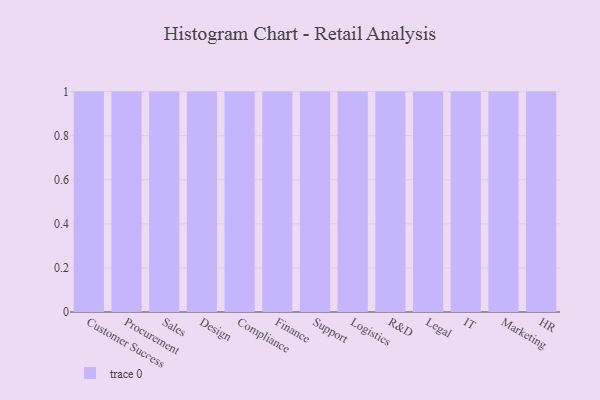
{"axis": {"x": "Department", "y": "Backlog"}, "legend": [""], "data": [{"x": "Customer Success", "y": 34, "type": ""}, {"x": "Procurement", "y": 78, "type": ""}, {"x": "Sales", "y": 85, "type": ""}, {"x": "Design", "y": 13, "type": ""}, {"x": "Compliance", "y": 41, "type": ""}, {"x": "Finance", "y": 27, "type": ""}, {"x": "Support", "y": 14, "type": ""}, {"x": "Logistics", "y": 64, "type": ""}, {"x": "R&D", "y": 6, "type": ""}, {"x": "Legal", "y": 74, "type": ""}, {"x": "IT", "y": 74, "type": ""}, {"x": "Marketing", "y": 19, "type": ""}, {"x": "HR", "y": 58, "type": ""}]}